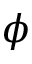
\phi